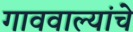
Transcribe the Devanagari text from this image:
गाववाल्यांचे